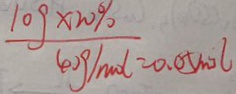
\frac { 1 0 9 \times 2 0 \% } { 4 0 g / m o l } = 0 . 0 5 m o l